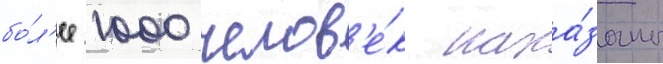
бо́л'ее 1000 челов'е́к нака́заны